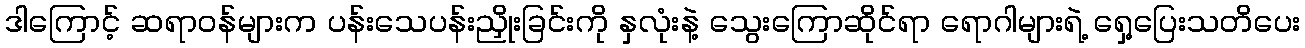
ဒါကြောင့် ဆရာဝန်များက ပန်းသေပန်းညှိုးခြင်းကို နှလုံးနဲ့ သွေးကြောဆိုင်ရာ ရောဂါများရဲ့ ရှေ့ပြေးသတိပေး